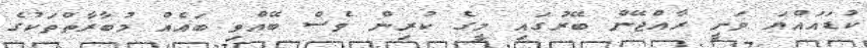
ކުޑައައްޔަ ވަނީ ރާއްޖޭން ބޭރުގައި މީގެ ކުރިން ވެސް ބޭއްވި ބައެއް މުބާރާތްތަކުގެ